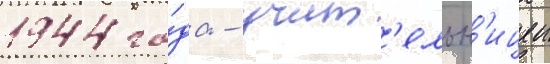
1944 го́да - учит'ельн'ицеи